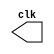
//-----------------------------------------
// Exercicio 06 - Guia 08
// Nome: Rayan Darwin
//-----------------------------------------

//---------------------------------
//---- CLOCK
//---------------------------------
module clock ( clk );
	output clk;
	reg clk;
	initial begin
	   clk = 1'b0;
	end
	
	always begin
	   #12 clk = ~clk;
	end
endmodule //---- clock ( )

//---------------
//-- FLIP-FLOP d
//---------------

module FlipFlopD(q,qnot,data,clk);
	output q;
	output qnot;
	input data;
	input clk;
	
	reg q,qnot;
	
	initial begin
		q = 1'b0;
		qnot = 1'b1;
	end
	always @ (posedge clk)
		begin
		q <= data;	qnot <= ~q;
		end
			
endmodule //--FlipFlopD

//-------------
//	Right Shift
//-------------
module rightShift (output [0:3]s, output [0:3]snot, input [0:3]data, input clk);
	wire w0,w1,w2,w3;
	
	or o0(w0,data[0],s[3]);
	or o1(w1,data[1],s[0]);
	or o2(w2,data[2],s[1]);
	or o3(w3,data[3],s[2]);
	
	
	FlipFlopD d0(s[0],snot[0],w0,clk);
	FlipFlopD d1(s[1],snot[1],w1,clk);
	FlipFlopD d2(s[2],snot[2],w2,clk);
	FlipFlopD d3(s[3],snot[3],w3,clk);
	
	
endmodule //--rightShift

//------------
//Test Shift
//-------------
module testShift;

	reg [0:3]data;
	
	wire [0:3]s;
	wire [0:3]snot;
	wire clk;
	
	clock c1(clk);
	rightShift s1 (s,snot,data,clk);
	
	initial
		begin
			data = 4'b1010;
		end
	
	initial
		begin
		$display("Exercicio 06 - Rayan Darwin - 412770");
		$display("\t\t Clk    Data   Output");
		#13 data = 5'b00000;
		#144 $finish;
		end
		
	
	always @(posedge clk)
		begin
			$display("%d	%b  %b",$time,data,s);
		end

endmodule //--testShift